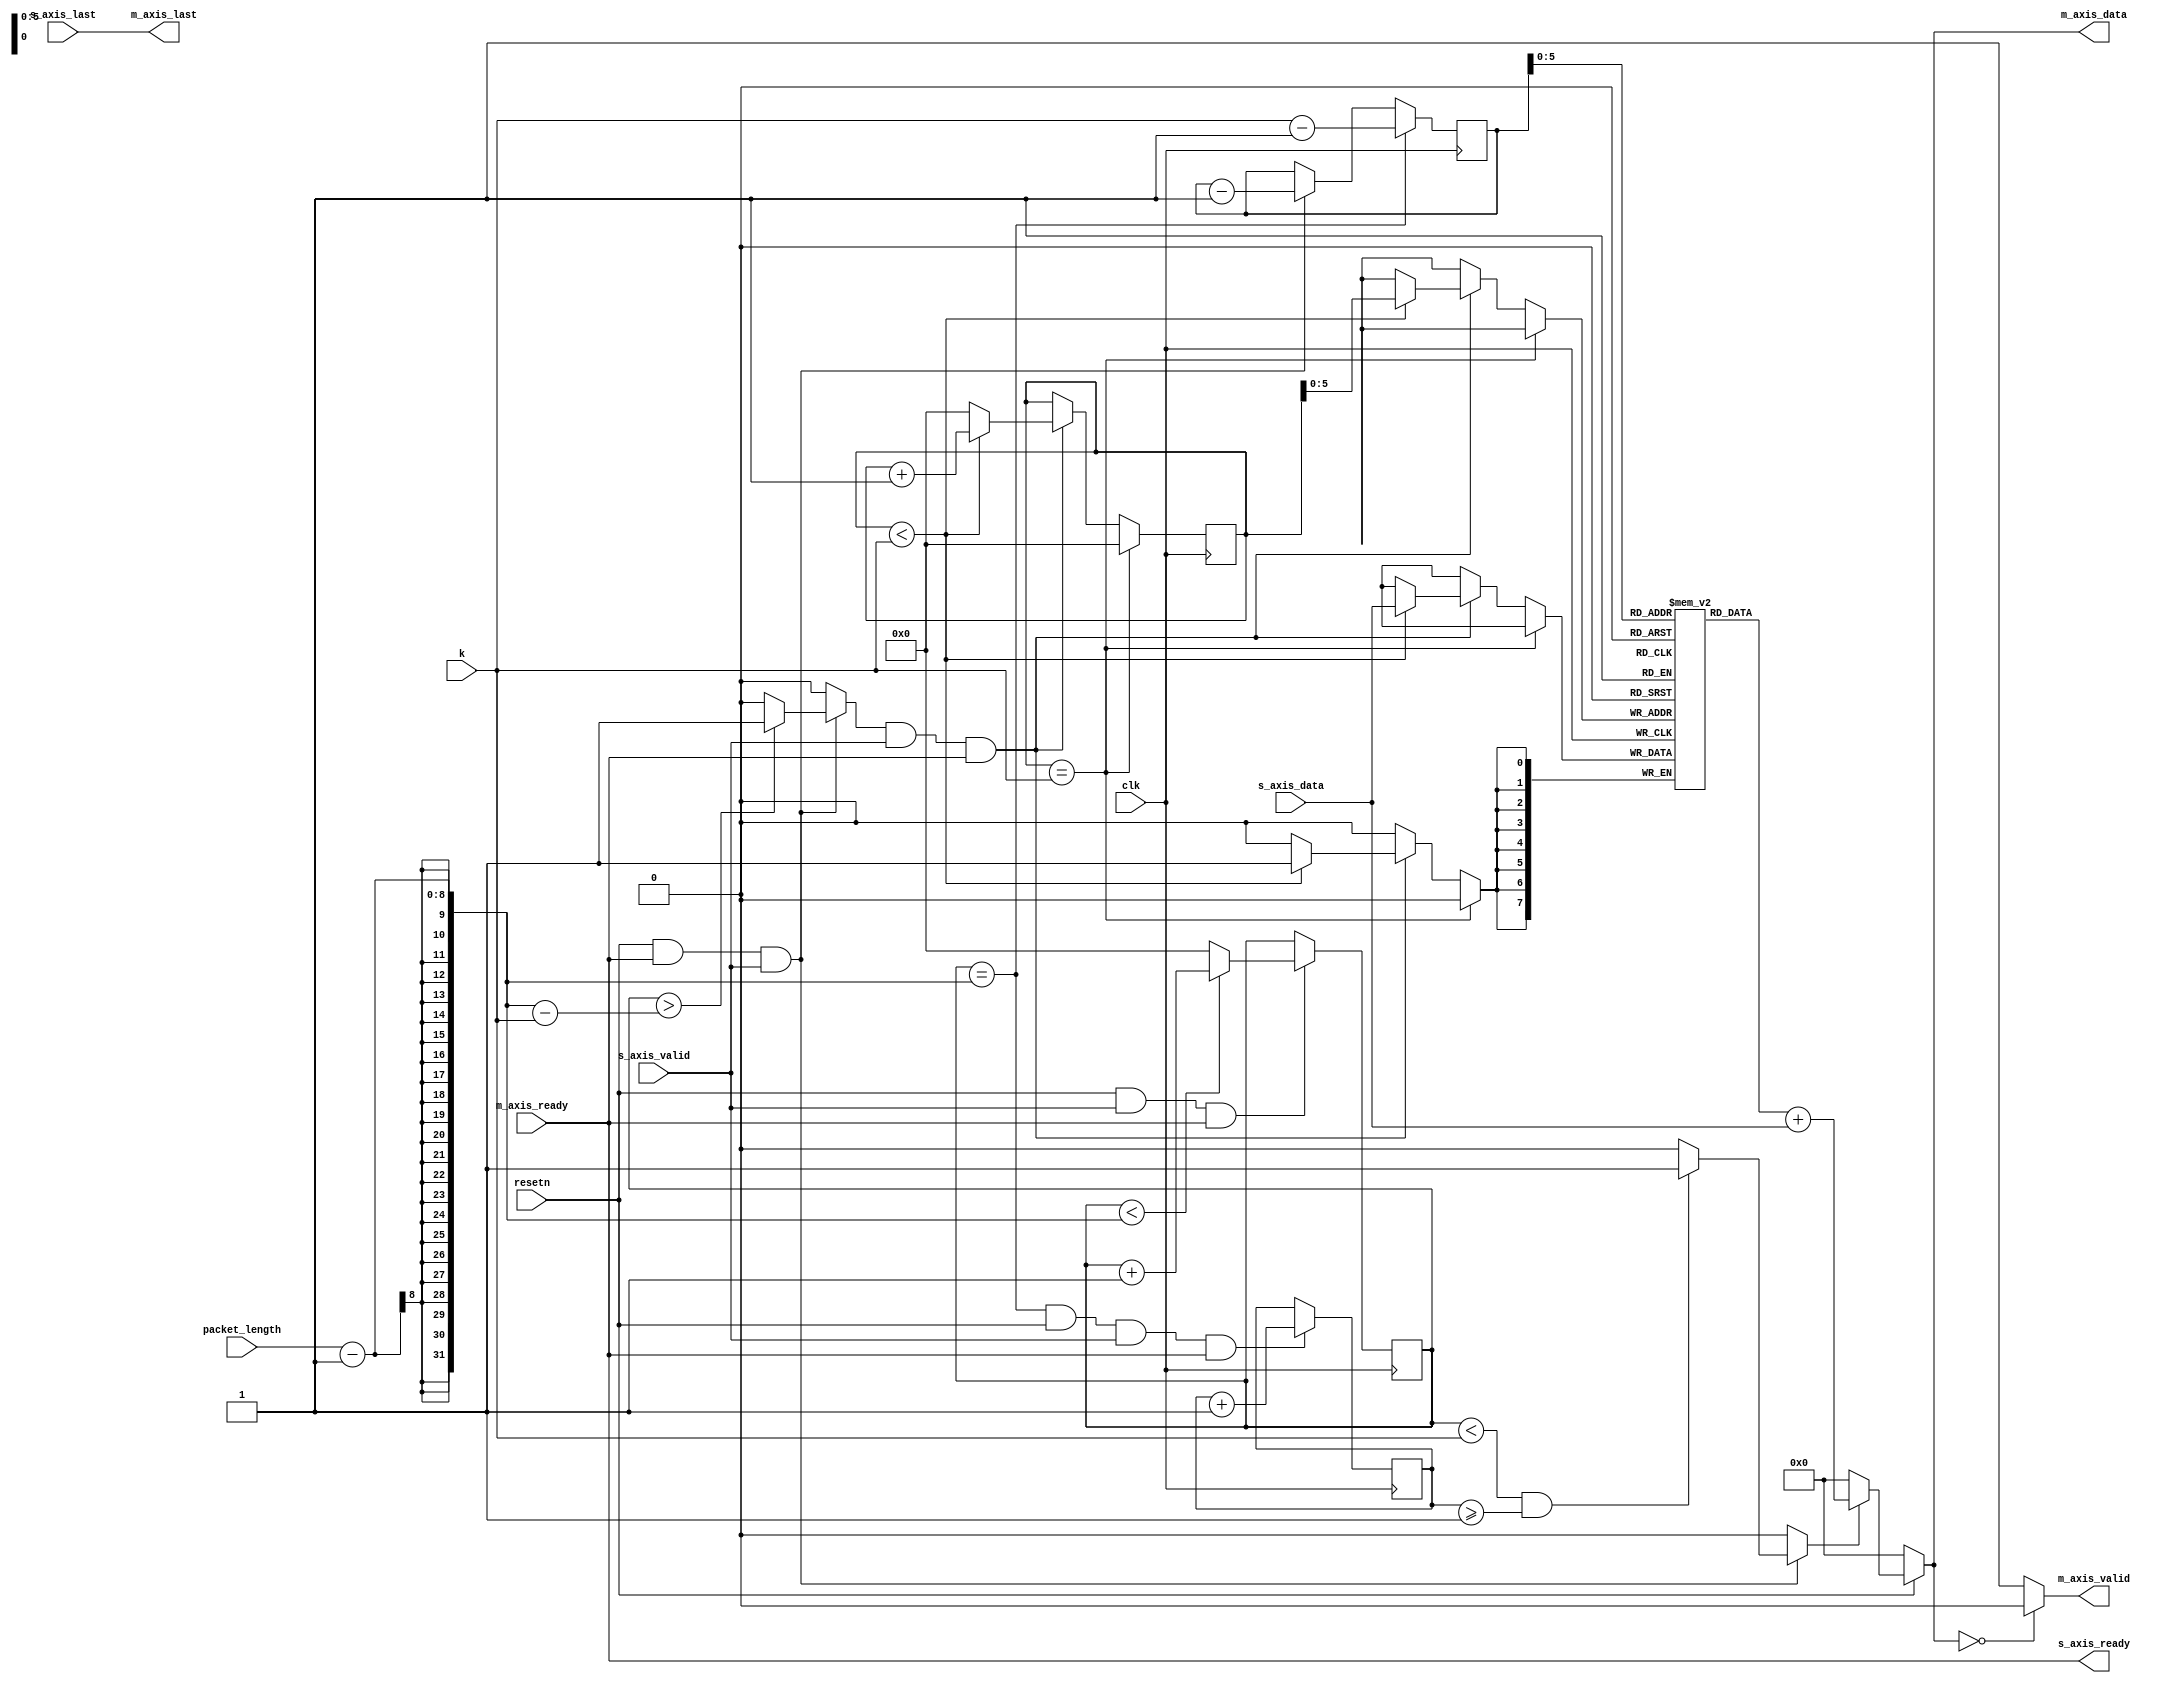
module axis_assign_2#(parameter DATA_WIDTH=8,DEPTH=64)(
  input clk,
  input resetn,
  input [DATA_WIDTH-1:0] s_axis_data,
  input s_axis_valid,
  input s_axis_last,
  input m_axis_ready,
  input [DATA_WIDTH-1:0] packet_length,
  input [DATA_WIDTH-1:0] k,
  output reg [DATA_WIDTH:0] m_axis_data,
  output m_axis_valid,
  output m_axis_last,
  output s_axis_ready
);
  reg [DATA_WIDTH-1:0] counter=0;
  reg [DATA_WIDTH-1:0] mem[0:DEPTH-1];
  reg [DATA_WIDTH-1:0] wr_ptr=0,rd_ptr;
  reg [DATA_WIDTH-3:0] last_count=0;
  reg rd_en,wr_en;
  
  always@(posedge clk)
    begin 
      if(counter==packet_length-1 && resetn && s_axis_valid && s_axis_ready)
        last_count<=last_count+1;
      else
        last_count<=last_count;
    end
         
  
  always@(posedge clk)
    begin
      if(resetn && s_axis_valid && s_axis_ready)
        begin
          if(counter<packet_length-1)
            counter<=counter+1;
          else
            counter<=0;
        end
      else
        begin
          counter<=counter;
        end
    end
  
  always@(*)
    begin
      if(resetn && s_axis_ready && s_axis_valid)
        begin
          if(counter>packet_length-1-k)
            wr_en<=1;
          else
            wr_en<=0;
        end
      else
        wr_en<=0;
    end
  always@(*)
    begin
      if(resetn && m_axis_ready && s_axis_valid )
        begin
          if(counter<k && last_count>=1)
            rd_en<=1;
          else
            rd_en<=0;
        end
      else
        begin
          rd_en<=0;
        end
    end
  always@(posedge clk)
    begin
      if(counter==packet_length-1)
        rd_ptr<=k-1;
      else if(resetn && m_axis_ready && s_axis_valid)
        begin
          rd_ptr<=rd_ptr-1;
        end
      else
        rd_ptr<=rd_ptr;
    end
  
  always@(negedge clk)
    begin
      if(wr_ptr==k)
        wr_ptr<=0;
      else if(wr_en && s_axis_valid && s_axis_ready)
        begin
          if(wr_ptr<k)
            begin
              mem[wr_ptr]<=s_axis_data;
              wr_ptr<=wr_ptr+1;
            end
          else
            begin
              wr_ptr<=0;
            end
            
        end
      else
        wr_ptr<=wr_ptr;
    end
  
  always@(*)
    begin
      if(~resetn)
        m_axis_data<=0;
      else
        begin
          if(rd_en)
            begin
              m_axis_data<=mem[rd_ptr]+s_axis_data;
            end
          else
            m_axis_data<=0;
        end
    end
  
  
  
  
      
  assign m_axis_last=s_axis_last;      
  assign m_axis_valid=m_axis_data==0?0:1;        
  assign s_axis_ready=m_axis_ready;
endmodule